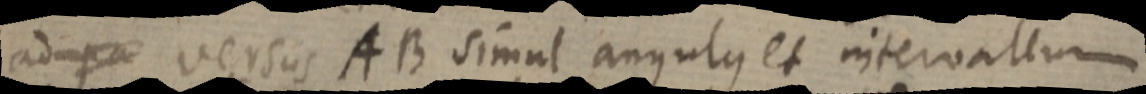
ad pa versus AB simul angulus et intervallum